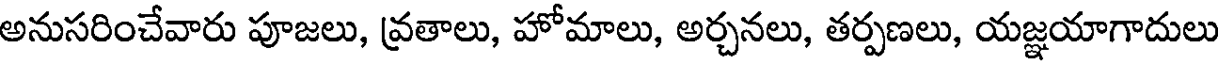
అనుసరించేవారు పూజలు, వ్రతాలు, హోమాలు, అర్చనలు, తర్పణలు, యజ్ఞయాగాదులు